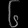
Digit: ၆